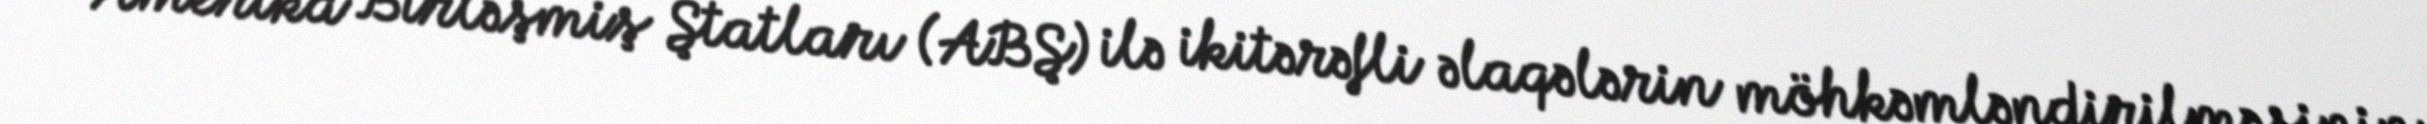
Amerika Birləşmiş Ştatları (ABŞ) ilə ikitərəfli əlaqələrin möhkəmləndirilməsinin